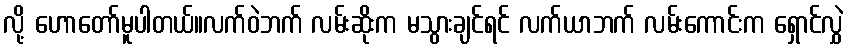
လို့ ဟောတော်မူပါတယ်။လက်ဝဲဘက် လမ်းဆိုးက မသွားချင်ရင် လက်ယာဘက် လမ်းကောင်းက ရှောင်လွှဲ